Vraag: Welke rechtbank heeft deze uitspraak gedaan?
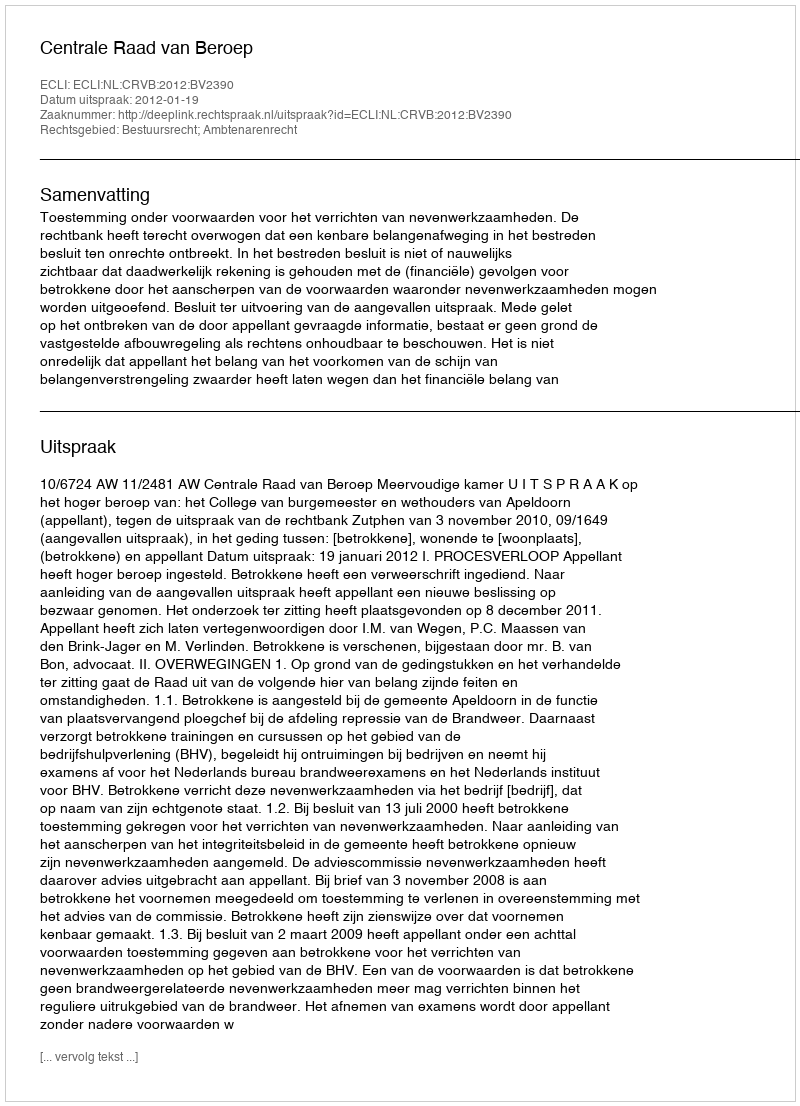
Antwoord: Centrale Raad van Beroep